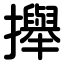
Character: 攑